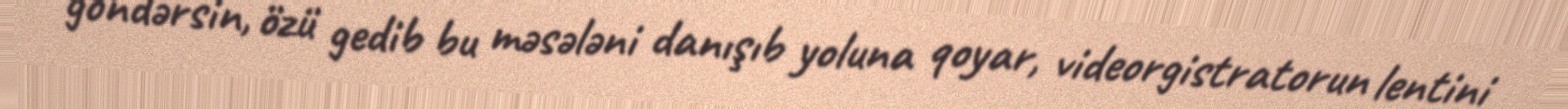
göndərsin, özü gedib bu məsələni danışıb yoluna qoyar, videorgistratorun lentini